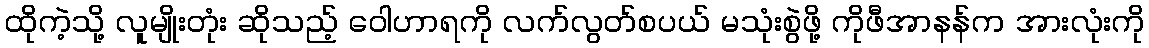
ထိုကဲ့သို့ လူမျိုးတုံး ဆိုသည့် ဝေါဟာရကို လက်လွတ်စပယ် မသုံးစွဲဖို့ ကိုဖီအာနန်က အားလုံးကို